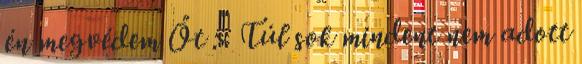
én megvédem Őt :- Túl sok mindent nem adott